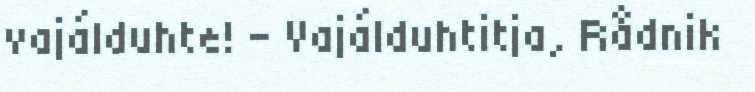
vajálduhte! – Vajálduhtitja, Rådnik